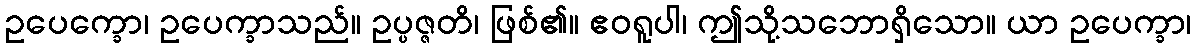
ဥပေက္ခော၊ ဥပေက္ခာသည်။ ဥပ္ပဇ္ဇတိ၊ ဖြစ်၏။ ဧဝရူပါ၊ ဤသို့သဘောရှိသော။ ယာ ဥပေက္ခာ၊